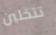
تتخلين